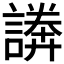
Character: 𧫵